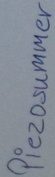
Text: Piezzosummer